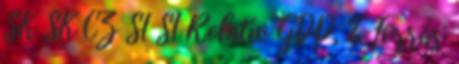
SK SK CZ SI SI Relatív GDP, % Forrás: